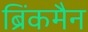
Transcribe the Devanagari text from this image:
ब्रिंकमैन